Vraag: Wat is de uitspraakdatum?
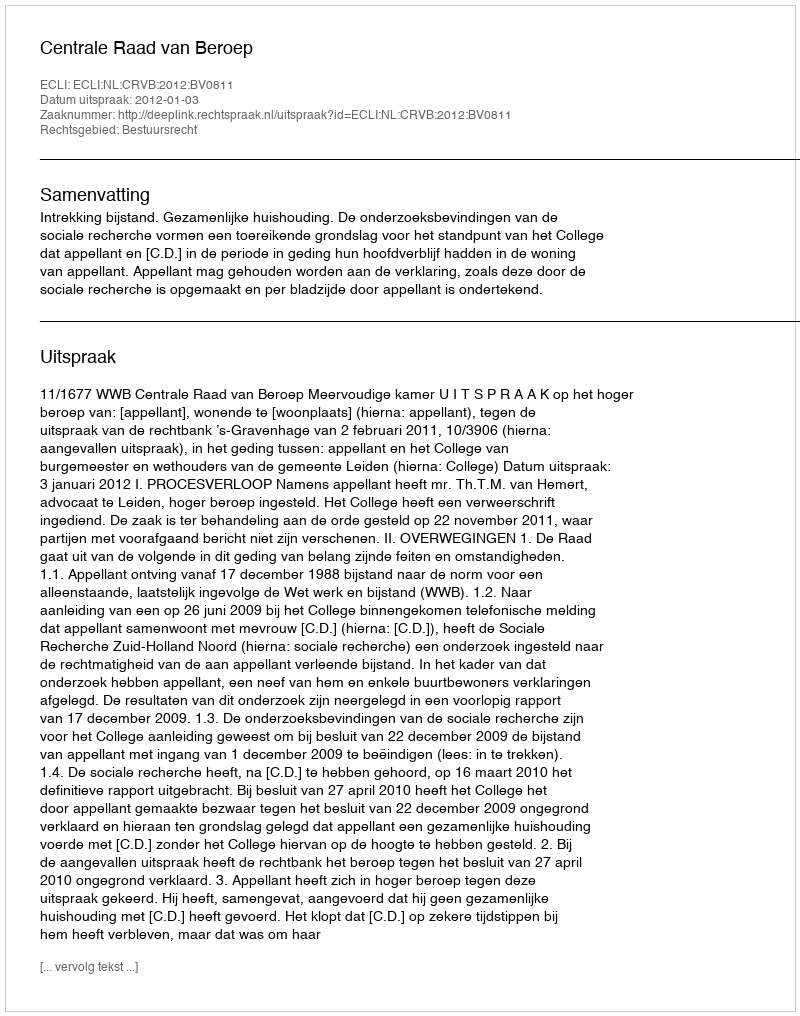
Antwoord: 2012-01-03